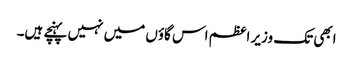
ابھی تک وزیر اعظم اس گاؤں میں نہیں پہنچے ہیں۔